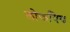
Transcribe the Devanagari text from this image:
लोकपिय